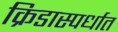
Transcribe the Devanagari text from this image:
क्रिडास्पर्धात